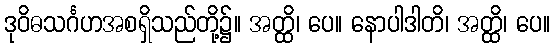
ဒုဝိဓသင်္ဂဟအစရှိသည်တို့၌။ အတ္ထိ၊ ပေ။ နောပါဒါတိ၊ အတ္ထိ၊ ပေ။